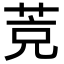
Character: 𦯇